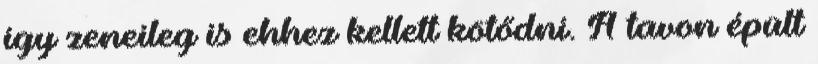
így zeneileg is ehhez kellett kötődni. A tavon épült